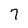
Character: 7